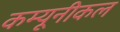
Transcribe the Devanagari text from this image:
कम्यूनीकल